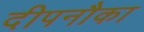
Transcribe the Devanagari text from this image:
दीपनौका